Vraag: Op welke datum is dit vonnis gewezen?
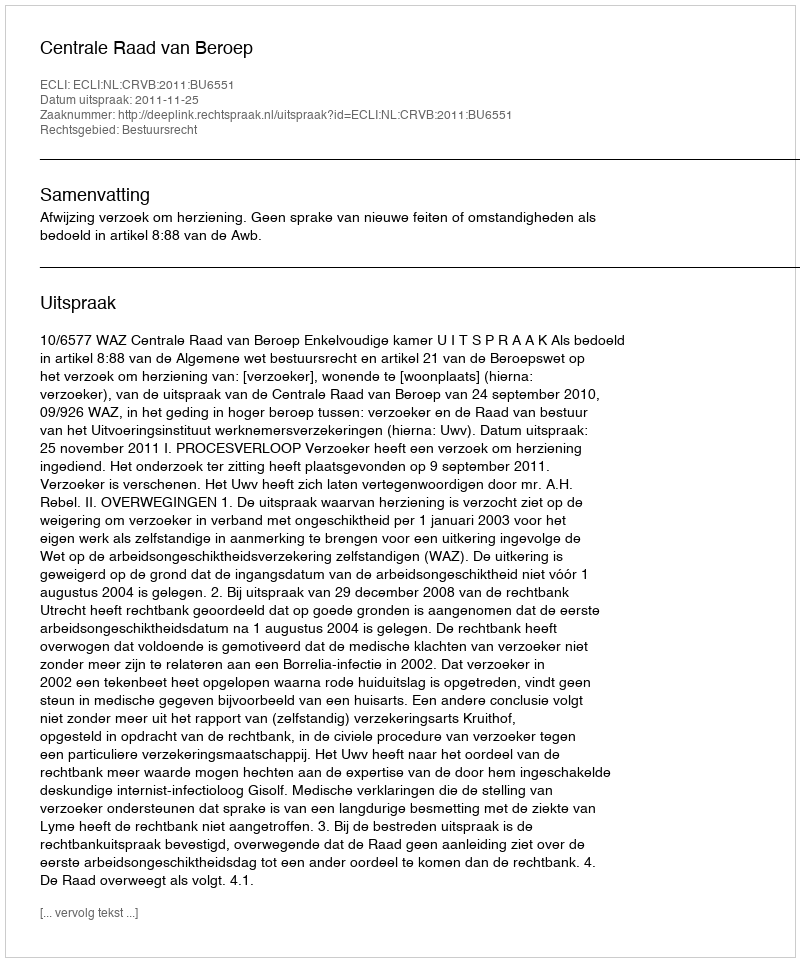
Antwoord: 2011-11-25